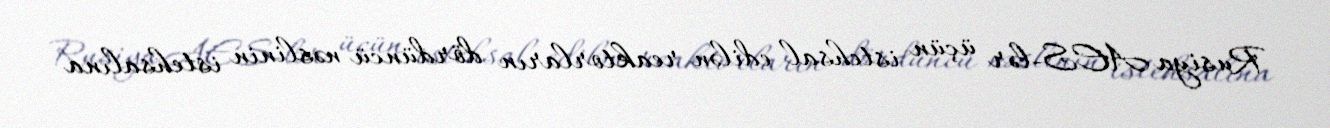
Rusiya AES-lər üçün istehsal edilən reaktorların dördüncü nəslinin istehsalına